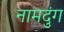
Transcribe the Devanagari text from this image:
नामदुंग